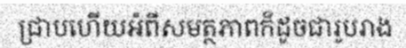
ជ្រាបហើយអំពីសមត្ថភាពក៏ដូចជារូបរាង